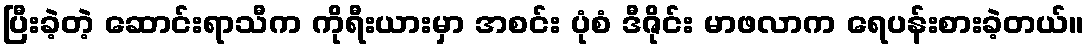
ပြီးခဲ့တဲ့ ဆောင်းရာသီက ကိုရီးယားမှာ အစင်း ပုံစံ ဒီဇိုင်း မာဖလာက ရေပန်းစားခဲ့တယ်။